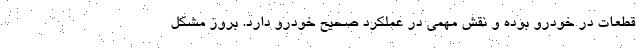
قطعات در خودرو بوده و نقش مهمی در عملکرد صحیح خودرو دارد. بروز مشکل